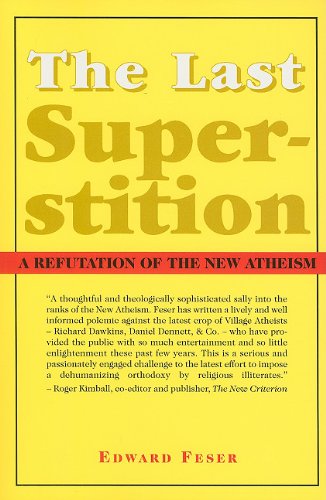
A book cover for The Last Superstition: A Refutation of the New Atheism; Edward Feser; Religion & Spirituality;